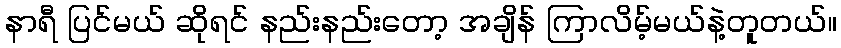
နာရီ ပြင်မယ် ဆိုရင် နည်းနည်းတော့ အချိန် ကြာလိမ့်မယ်နဲ့တူတယ်။